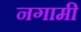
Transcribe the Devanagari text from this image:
नगामी